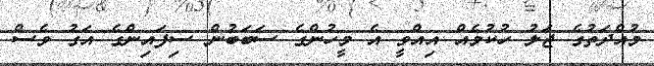
މުއްދަތުގެ ޖަލު ހުކުމެއް އިއްވީ އެ މީހުންގެ ސަބަބުން ސިފައިންގެ އަގު ވެސް